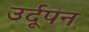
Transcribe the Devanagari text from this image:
उर्दूपन